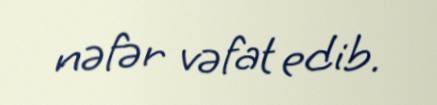
nəfər vəfat edib.